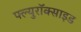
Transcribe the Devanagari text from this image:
फ्ल्युरॉक्साइड